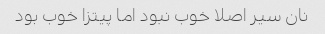
نان سیر اصلا خوب نبود اما پیتزا خوب بود